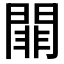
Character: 𨵈